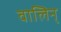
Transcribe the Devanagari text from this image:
वालिन्